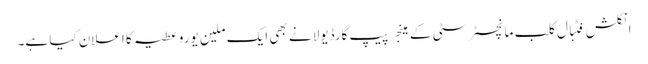
انگلش فٹبال کلب مانچسٹر سٹی کے مینجر پیپ گارڈیولا نے بھی ایک ملین یورو عطیہ کا اعلان کیا ہے۔